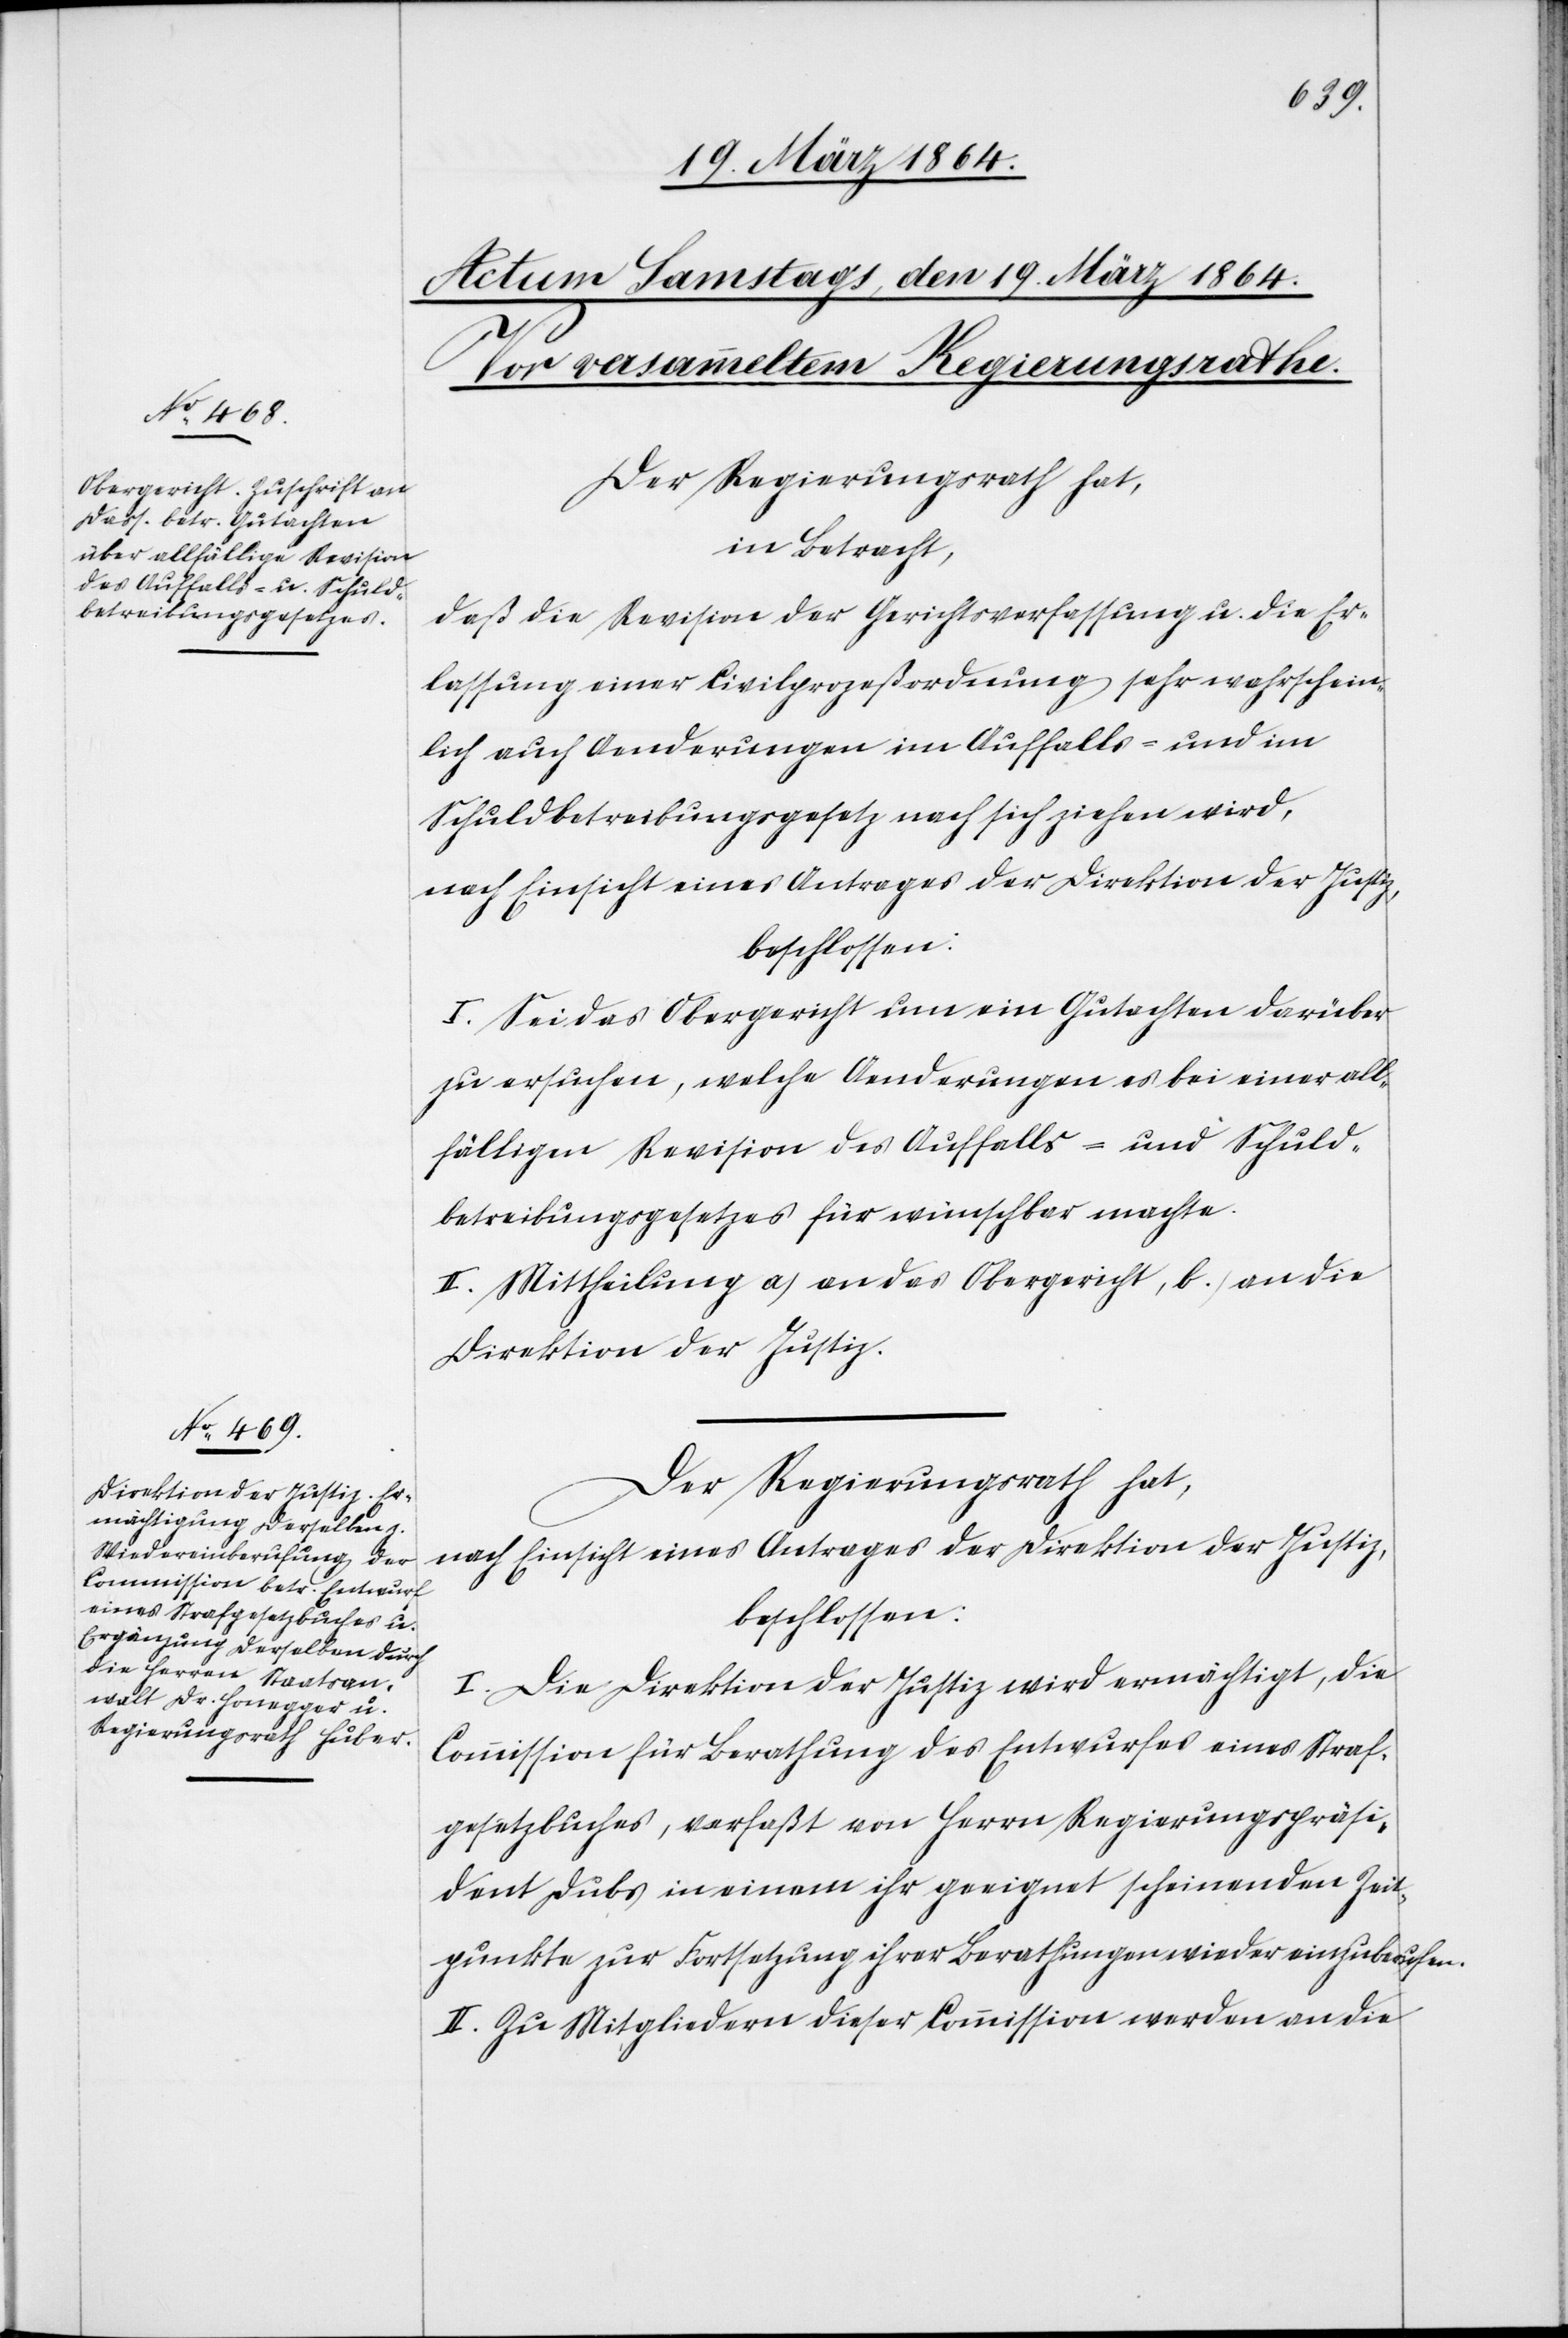
Der Regierungsrath hat,
in Betracht,
daß die Revision der Gerichtsverfassung u. die Er¬
lassung einer Civilprozeßordnung sehr wahrschein¬
lich auch Aenderungen im Auffalls- und im
Schuldbetreibungsgesetz nach sich ziehen wird,
I. Sei das Obergericht um ein Gutachten darüber
zu ersuchen, welche Aenderungen es bei einer all¬
fälligen Revision des Auffalls- und Schuld¬
betreibungsgesetzes für wünschbar machte.
II. Mittheilung a) an das Obergericht, b) an die
Direktion der Justiz.
Der Regierungsrath hat,
nach Einsicht eines Antrages der Direktion der Justiz,
beschlossen:
I. Die Direktion der Justiz wird ermächtigt, die
Commission für Berathung des Entwurfes eines Straf¬
gesetzbuches, verfaßt von Herrn Regierungspräsi¬
dent Dubs in einem ihr geeignet scheinenden Zeit¬
punkte zur Fortsetzung ihrer Berathungen wieder einzuberufen.
II. Zu Mitgliedern dieser Commission werden an die